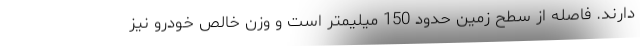
دارند. فاصله از سطح زمین حدود 150 میلیمتر است و وزن خالص خودرو نیز